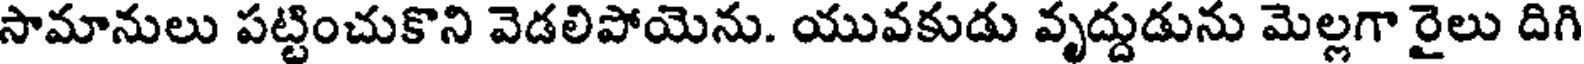
సామానులు పట్టించుకొని వెడలిపోయెను. యువకుడు వృద్దుడును మెల్లగా రైలు దిగి